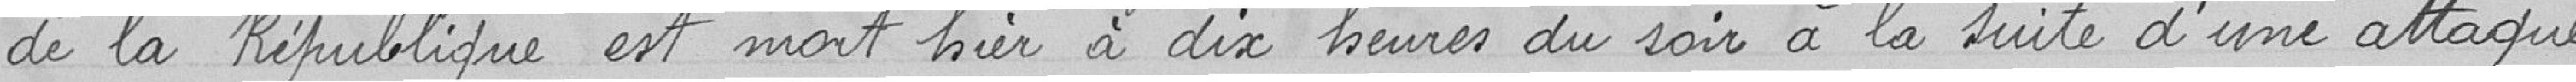
de la République est mort hier à dix heures du soir à la suite attaque